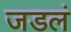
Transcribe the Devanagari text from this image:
जडलं